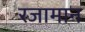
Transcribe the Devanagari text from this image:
रजामान